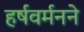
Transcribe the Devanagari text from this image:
हर्षवर्मनने